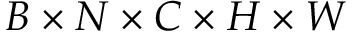
B \times N \times C \times H \times W